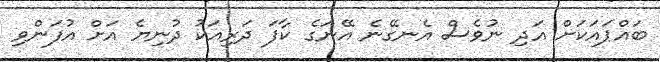
ބައްޕައަކަށް އަދި ނުވެސް އެނގޭނެ އޭނަގެ ކާފަ ދަރިއަކު ދުނިޔެ އަށް އުފަންވި